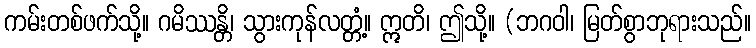
ကမ်းတစ်ဖက်သို့။ ဂမိဿန္တိ၊ သွားကုန်လတ္တံ့။ ဣတိ၊ ဤသို့။ (ဘဂဝါ၊ မြတ်စွာဘုရားသည်။